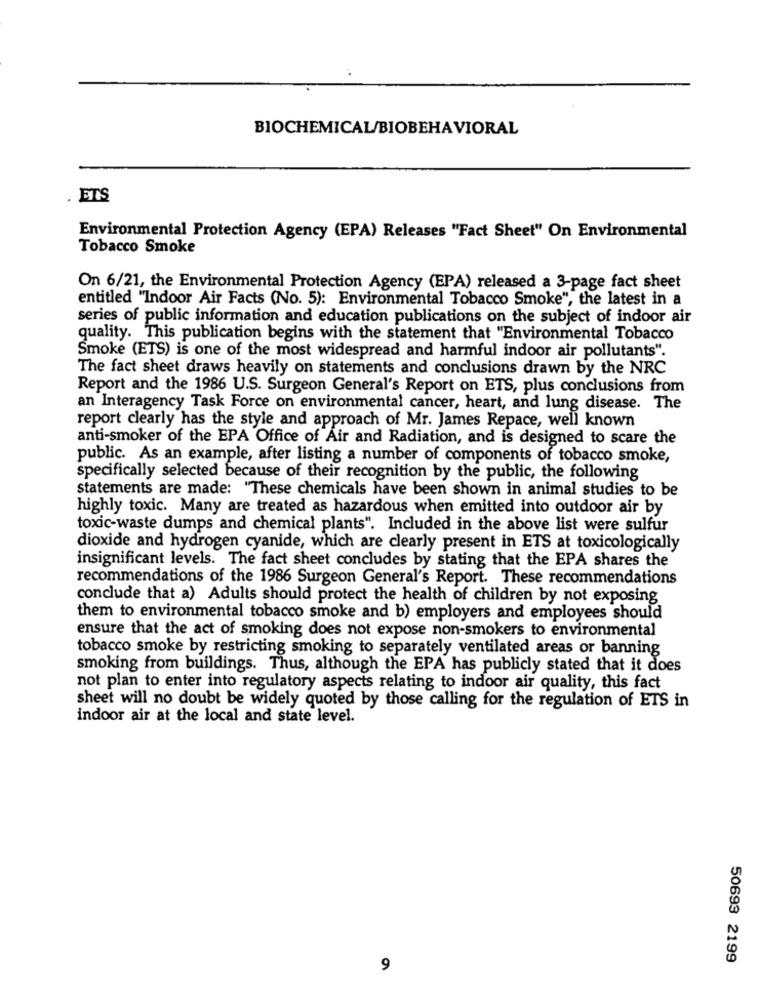
BIOCHEMICAL/BIOBEHAVIORAL
ETS
Environmental Protection Agency (EPA) Releases "Fact Sheet" On Environmental
Tobacco Smoke
On 6/21, the Environmental Protection Agency (EPA) released a 3-page fact sheet
entitled "Indoor Air Facts (No. 5): Environmental Tobacco Smoke", the latest in a
series of public information and education publications on the subject of indoor air
quality. This publication begins with the statement that "Environmental Tobacco
Smoke (ETS) is one of the most widespread and harmful indoor air pollutants".
The fact sheet draws heavily on statements and conclusions drawn by the NRC
Report and the 1986 U.S. Surgeon General's Report on ETS, plus conclusions from
an Interagency Task Force on environmental cancer, heart, and lung disease. The
report clearly has the style and approach of Mr. James Repace, well known
anti-smoker of the EPA Office of Air and Radiation, and is designed to scare the
public. As an example, after listing a number of components of tobacco smoke,
specifically selected because of their recognition by the public, the following
statements are made: "These chemicals have been shown in animal studies to be
highly toxic. Many are treated as hazardous when emitted into outdoor air by
toxic-waste dumps and chemical plants". Included in the above list were sulfur
dioxide and hydrogen cyanide, which are clearly present in ETS at toxicologically
insignificant levels. The fact sheet concludes by stating that the EPA shares the
recommendations of the 1986 Surgeon General's Report. These recommendations
conclude that a) Adults should protect the health of children by not exposing
them to environmental tobacco smoke and b) employers and employees should
ensure that the act of smoking does not expose non-smokers to environmental
tobacco smoke by restricting smoking to separately ventilated areas or banning
smoking from buildings. Thus, although the EPA has publicly stated that it does
not plan to enter into regulatory aspects relating to indoor air quality, this fact
sheet will no doubt be widely quoted by those calling for the regulation of ETS in
indoor air at the local and state level.
50693 2199
9